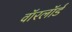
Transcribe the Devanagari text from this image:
वॉरलॉर्ड